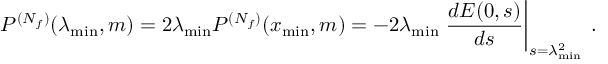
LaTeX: P ^ { ( N _ { f } ) } ( \lambda _ { \mathrm { m i n } } , m ) = 2 \lambda _ { \mathrm { m i n } } P ^ { ( N _ { f } ) } ( x _ { \mathrm { m i n } } , m ) = - 2 \lambda _ { \mathrm { m i n } } \left. \frac { d E ( 0 , s ) } { d s } \right| _ { s = \lambda _ { \mathrm { m i n } } ^ { 2 } } \: .